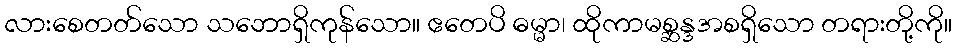
လားစေတတ်သော သဘောရှိကုန်သော။ ဧတေပိ ဓမ္မာ၊ ထိုကာမစ္ဆန္ဒအစရှိသော တရားတို့ကို။